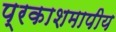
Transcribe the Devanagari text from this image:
प्रकाशमापीय